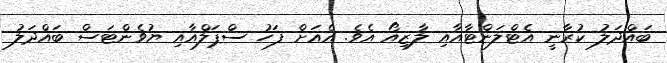
ބައްދަލު ކުރާނީ އެޓްލަންޓާއާއި ލާޒިއޯ އެވެ. އެއަށް ފަހު ސްޕަލްއާއި ޔުވެންޓަސް ބައްދަލު